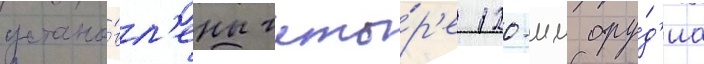
устано́вл'ены четы́р'е 120-мм ору́д'иа